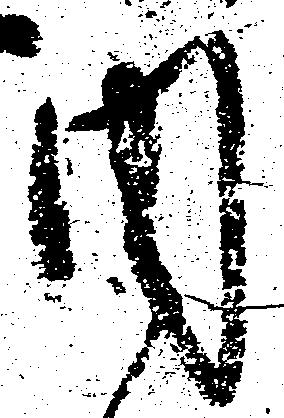
内